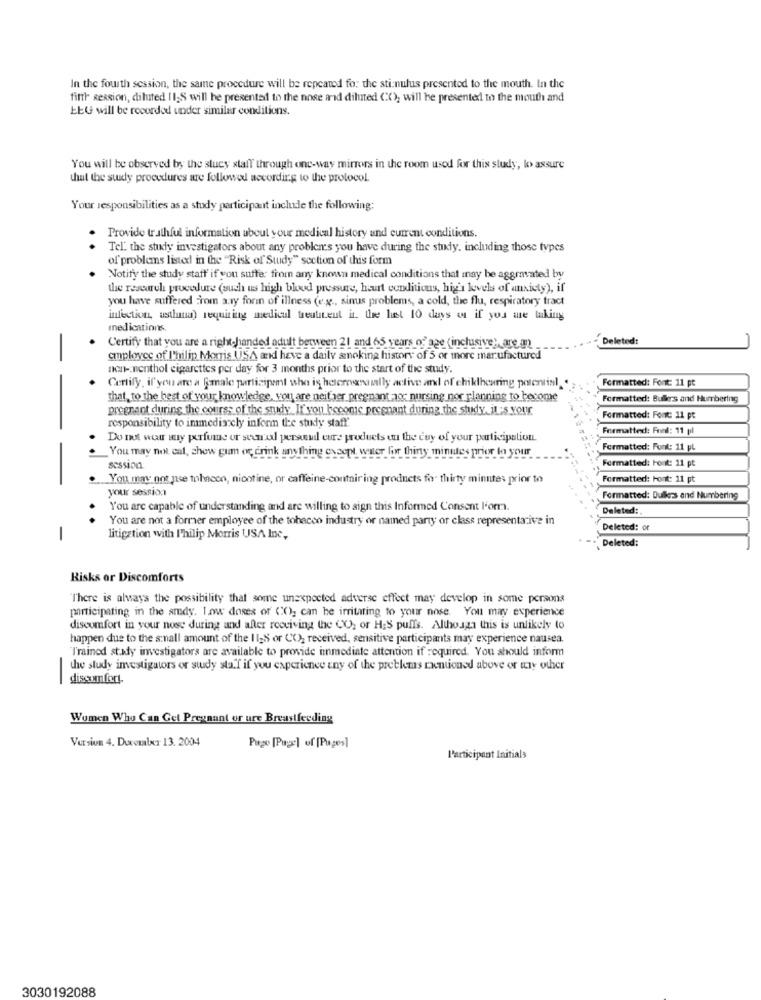
In the fourth session, the same procedure will be repeated fo: the stimulus presented to the mouth. In the
fifth session, diluted 11;S will be presented to the nose and diluted ((); will he presented to the mouth and
EEG will be recorded under similar conditions.
You will be observed by the slucy staff through one-way mirrors in the room used for this study, ko> assure
that the study procedures are followed according to the protocol.
Your responsibilities as a study participant include the following:
Provide truthful information about your medical history and current conditions.
Tel. the study investigators about any problems you have during the study, including those types
of problems listed in the "Risk of' Study" section of this form
Notify the study staff if you suffer from any known medical conditions that inay be aggravated by
the research procedure (such us high blood pressure, haurt conditions, hig's levels of anxiety), if
you have suffered From any form of illness (e.g ., sinus problems, a cold, the flu, respiratory tract
infection, astua) requiring medicul treutteut it. the lust 10 days o if you are taking
medications.
Deleted:
Certify that you are a right-handed adult between 21 and 65 years of age (inclusive), are an
employee of I'hilin Morris USA and have a daily smoking history of 5 or more manufactured
non- nenthol cigarettes per day for 3 months prior to the start of the study.
Certify, if'you are a female partizipemt who is hetereventually active and of chiklhearing potential. .
Formatted: Font: 11 pt
that, to the best of your knowledge, you are neifer pregnant -o; nursing nor planning to become
Formatted: Bullers and Humbering
pregnant during the course of the study. If you become pregnant during the study. it-5 Your
Formatted: Font: 11 pc
responsibility to immedia cly inform the study staff'
Formatted: Fund: 11 pl
Do not war wy perfume ur sound persoud eure products on the cuy of your participation.
You may not cal, chew gum or crink anything cvsept, water for thirty minutes prior to your
Formatted: Funk: 11 pt
Formatted: Font: 11 pt
session
... You may ont pse tobacco, nicotine, or caffeine-contairing prodnets fo. thirty minutes prior to
Formatted: Font: 11 pt
your session
Formatted: Dullers and Numbering
You are capable of understanding and are willing to sign this Informed Consent l'orm.
Deleted:
You are not a former employee of the tobacco industry or named party or class representative in
Deleted: or
-
litigation with Philip Morris USA Inc,
Deleted:
Risks or Discomforts
"There is always the possibility that some unexpected adverse effect may develop in some persons
participating in the amdy. Low doses or CO), can he irritating to your nose. You may experience
discomfort in your nose during and after receiving the CO, or H;S puffs. Although this is unlikely to
happen due to the small amount of the 1 12S or CO2 received, sensitive participants may experience nausea.
T'rained st.kdy investigators are available to provide immediate attention if required. You should inform
the study investigators or study staf if you experience any of the problems mentioned above or any other
-
discomfort-
Women Who Can Get Pregnant or ure Breastfeeding
Version 4. Dorouler 13. 2004
Pago [Page] of [Pages]
Participant Initials
3030192088